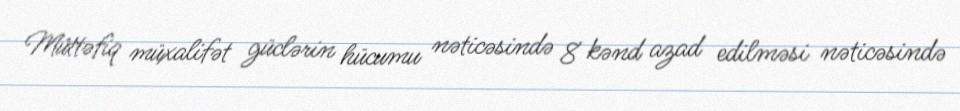
Müttəfiq müxalifət güclərin hücumu nəticəsində 8 kənd azad edilməsi nəticəsində